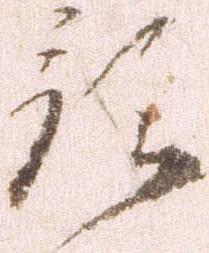
預